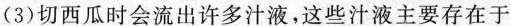
(3)切西瓜时会流出许多汁液，这些汁液主要存在于